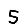
Digit: 5